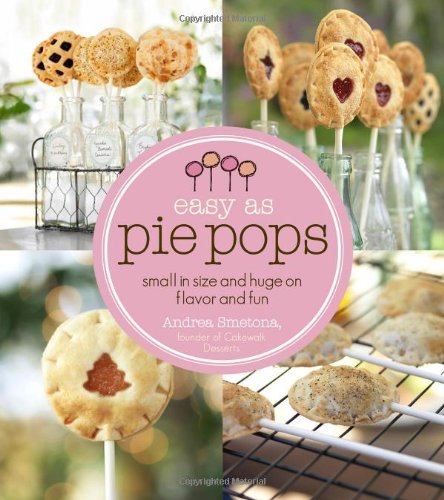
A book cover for Easy As Pie Pops: Small in Size and Huge on Flavor and Fun; Andrea Smetona; Cookbooks, Food & Wine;